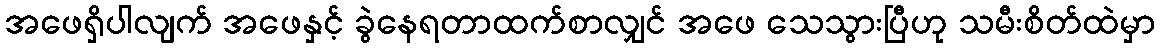
အဖေရှိပါလျက် အဖေနှင့် ခွဲနေရတာထက်စာလျှင် အဖေ သေသွားပြီဟု သမီးစိတ်ထဲမှာ